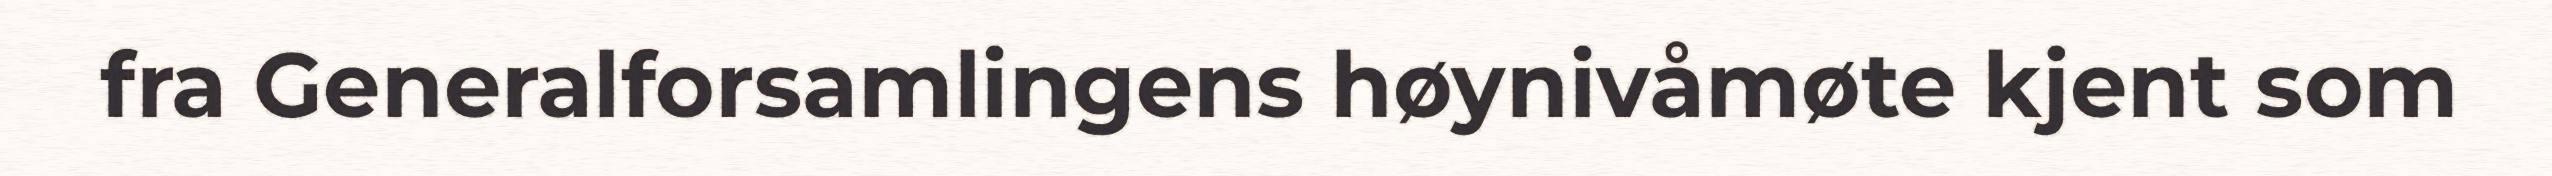
fra Generalforsamlingens høynivåmøte kjent som